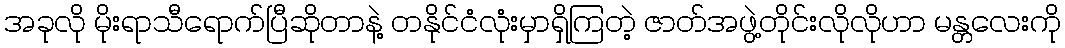
အခုလို မိုးရာသီရောက်ပြီဆိုတာနဲ့ တနိုင်ငံလုံးမှာရှိကြတဲ့ ဇာတ်အဖွဲ့တိုင်းလိုလိုဟာ မန္တလေးကို